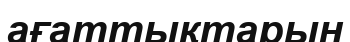
ағаттықтарын